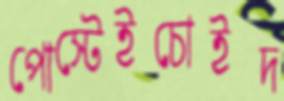
পোস্টেইচোইদ